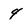
Character: 4